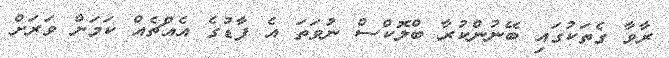
ރާވާ ގެތަކުގައި ބޭނުންކުރާ ބްލޮކްސް ނުވަތަ އެ ފާޑުގެ އެއްޗެއް ކަަމަށް ވަރަށް